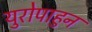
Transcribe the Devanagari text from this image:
युरोपाहुन